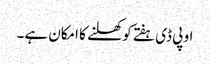
او پی ڈی ہفتے کو کھلنے کا امکان ہے۔